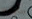
سابقه